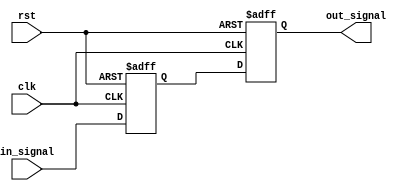
module TwoFlopSynchronizer (
    input wire clk,
    input wire rst,
    input wire in_signal,
    output reg out_signal
);

reg flop1;
reg flop2;

always @(posedge clk or posedge rst)
begin
    if (rst)
    begin
        flop1 <= 1'b0;
        flop2 <= 1'b0;
    end
    else
    begin
        flop1 <= in_signal;
        flop2 <= flop1;
    end
end

assign out_signal = flop2;

endmodule